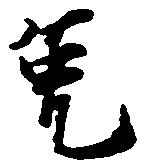
免